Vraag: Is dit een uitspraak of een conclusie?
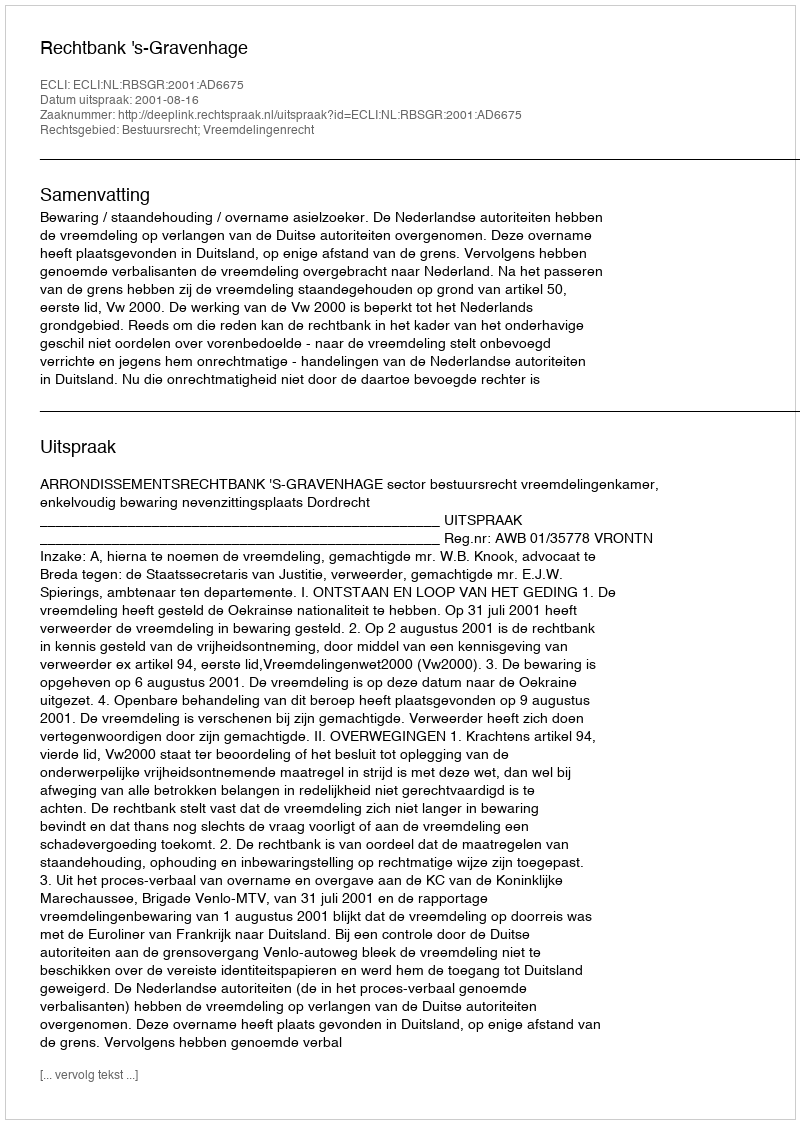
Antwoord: Uitspraak